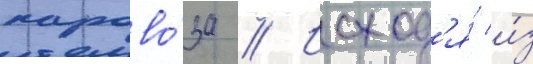
парово́за // Исход'я́ и́з